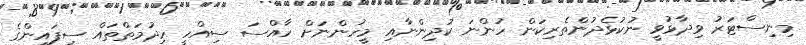
މިނިސްޓަރު ވިދާޅުވީ ނުކުޅެދުންތެރިކަން ހުންނަ ކުދިންނާއި މީހުންނަށް ހާއްސަ ސިއްހީ ހިދުމަތްތައް ސިފައިންގެ